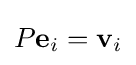
P\mathbf {e} _{i}=\mathbf {v} _{i}